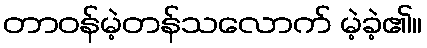
တာဝန်မဲ့တန်သလောက် မဲ့ခဲ့၏။